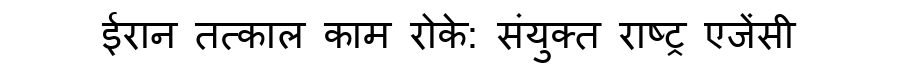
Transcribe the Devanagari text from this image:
ईरान तत्काल काम रोके: संयुक्त राष्ट्र एजेंसी